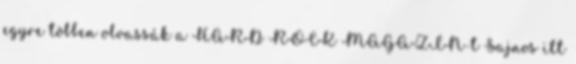
egyre többen olvassák a HARD ROCK MAGAZIN-t Sajnos itt